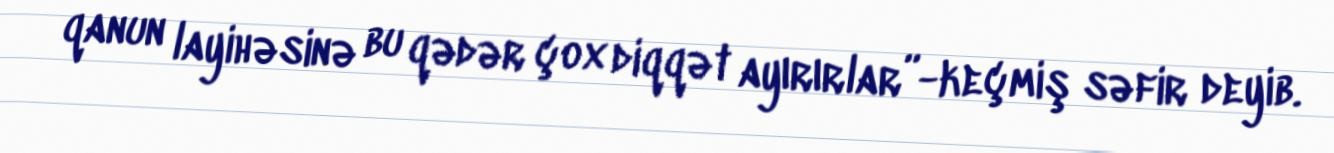
qanun layihəsinə bu qədər çox diqqət ayırırlar”-keçmiş səfir deyib.